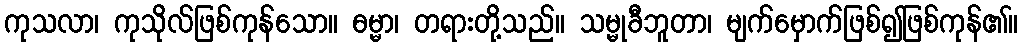
ကုသလာ၊ ကုသိုလ်ဖြစ်ကုန်သော။ ဓမ္မာ၊ တရားတို့သည်။ သမ္မုခီဘူတာ၊ မျက်မှောက်ဖြစ်၍ဖြစ်ကုန်၏။